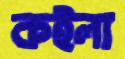
কইলা